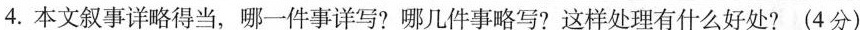
4.本文叙事详略得当，哪一件事详写?哪几件事略写?这样处理有什么好处?(4分)